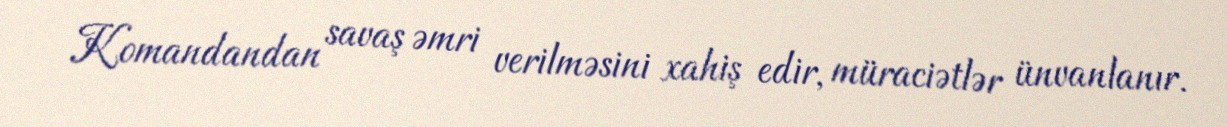
Komandandan savaş əmri verilməsini xahiş edir, müraciətlər ünvanlanır.